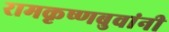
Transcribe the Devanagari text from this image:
रामकृष्णबुवांनी